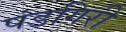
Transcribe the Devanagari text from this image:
पंडगिरी